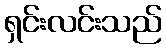
ရှင်းလင်းသည်